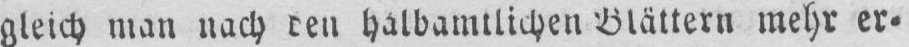
gleich man nach den halbamtlichen Blättern mehr er⸗